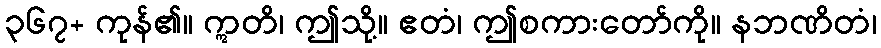
၃၆၇+ ကုန်၏။ ဣတိ၊ ဤသို့။ ဧတံ၊ ဤစကားတော်ကို။ နဘဏိတံ၊